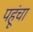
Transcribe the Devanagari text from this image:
पहूंचा